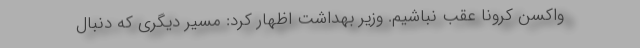
واکسن کرونا عقب نباشیم. وزیر بهداشت اظهار کرد: مسیر دیگری که دنبال